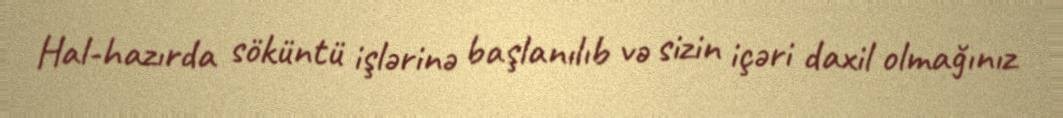
Hal-hazırda söküntü işlərinə başlanılıb və sizin içəri daxil olmağınız